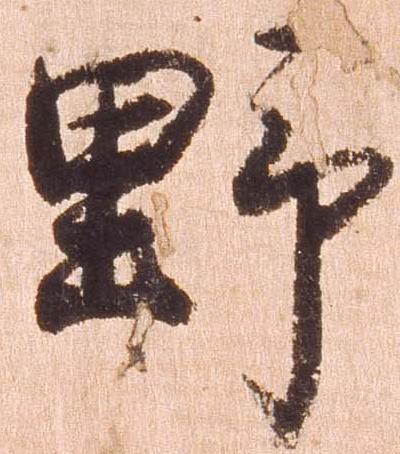
野